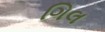
ગિલ